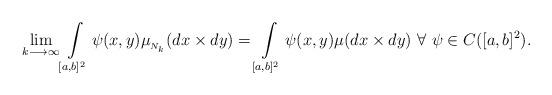
LaTeX: \begin{align*} \lim \limits_{k\longrightarrow \infty} \int \limits_{[a,b]^2} \psi(x,y) \mu_{_{N_k}}(dx\times dy) = \int \limits_{[a,b]^2} \psi(x,y) \mu(dx\times dy)~\forall ~\psi \in C([a,b]^2).\end{align*}